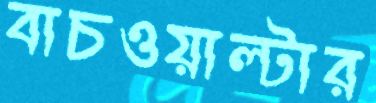
বাচওয়াল্টার